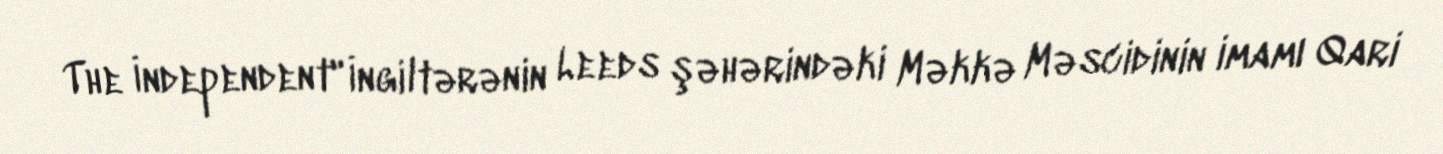
The İndependent" İngiltərənin Leeds şəhərindəki Məkkə Məscidinin imamı Qari